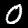
Label: 0